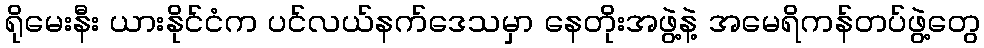
ရိုမေးနီး ယားနိုင်ငံက ပင်လယ်နက်ဒေသမှာ နေတိုးအဖွဲ့နဲ့ အမေရိကန်တပ်ဖွဲ့တွေ